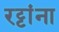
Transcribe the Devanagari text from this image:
रट्टांना